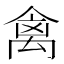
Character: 禽